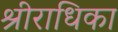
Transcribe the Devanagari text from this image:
श्रीराधिका